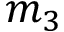
m _ { 3 }